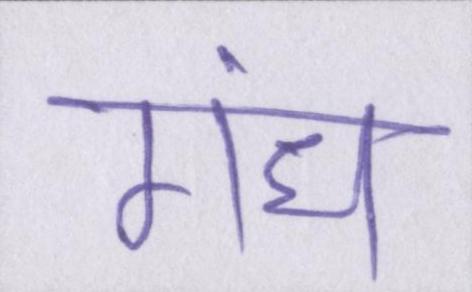
गंध